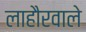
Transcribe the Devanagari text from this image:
लाहौरवाले